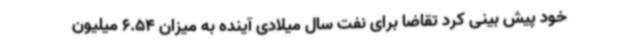
خود پیش بینی کرد تقاضا برای نفت سال میلادی آینده به میزان 6.54 میلیون